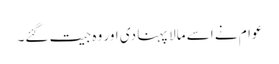
عوام نے اسے مالا پہنا دی اور وہ جیت گئے۔